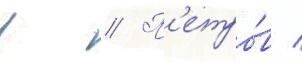
в // П'етро́в /